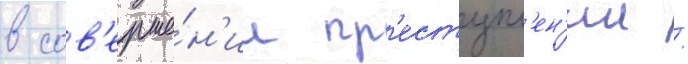
в сов'ерше́н'ии пр'еступл'ен'ии /